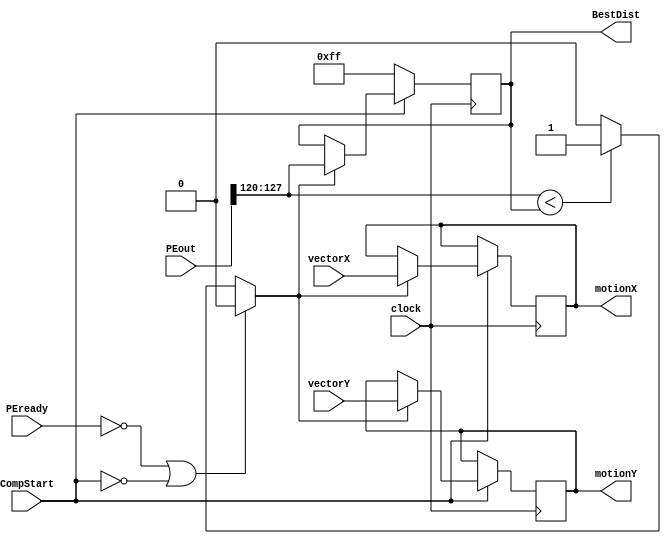
module Comparator(clock, CompStart, PEout, PEready, vectorX, vectorY, BestDist,
                    motionX, motionY);
    input clock, CompStart;
    input [127:0] PEout;
    input [15:0] PEready;
    input [3:0] vectorX, vectorY;
    output reg [7:0] BestDist;
    output reg [3:0] motionX, motionY;
    reg [7:0] newDist;
    reg newBest;
    integer count;

    always @(posedge clock)
        if(CompStart == 0) BestDist <= 8'hff;
        else if(newBest == 1)
        begin
            BestDist <= newDist;
            motionX <= vectorX;
            motionY <= vectorY;
        end
            
    always @(PEready)
    begin
        for (count = 0; count < 16; count = count + 1)
        begin
            case (count)
                0: newDist = PEout[7:0];
                1: newDist = PEout[15:8];
                2: newDist = PEout[23:16];
                3: newDist = PEout[31:24];
                4: newDist = PEout[39:32];
                5: newDist = PEout[47:40];
                6: newDist = PEout[55:48];
                7: newDist = PEout[63:56];
                8: newDist = PEout[71:64];
                9: newDist = PEout[79:72];
                10: newDist = PEout[87:80];
                11: newDist = PEout[95:88];
                12: newDist = PEout[103:96];
                13: newDist = PEout[111:104];
                14: newDist = PEout[119:112];
                15: newDist = PEout[127:120];
            endcase
            if( (PEready == 0) || (CompStart == 0)) // no PE is ready
                newBest = 0; 
            else if (newDist < BestDist) 
                newBest = 1;
            else 
                newBest = 0;
        end
    end
endmodule